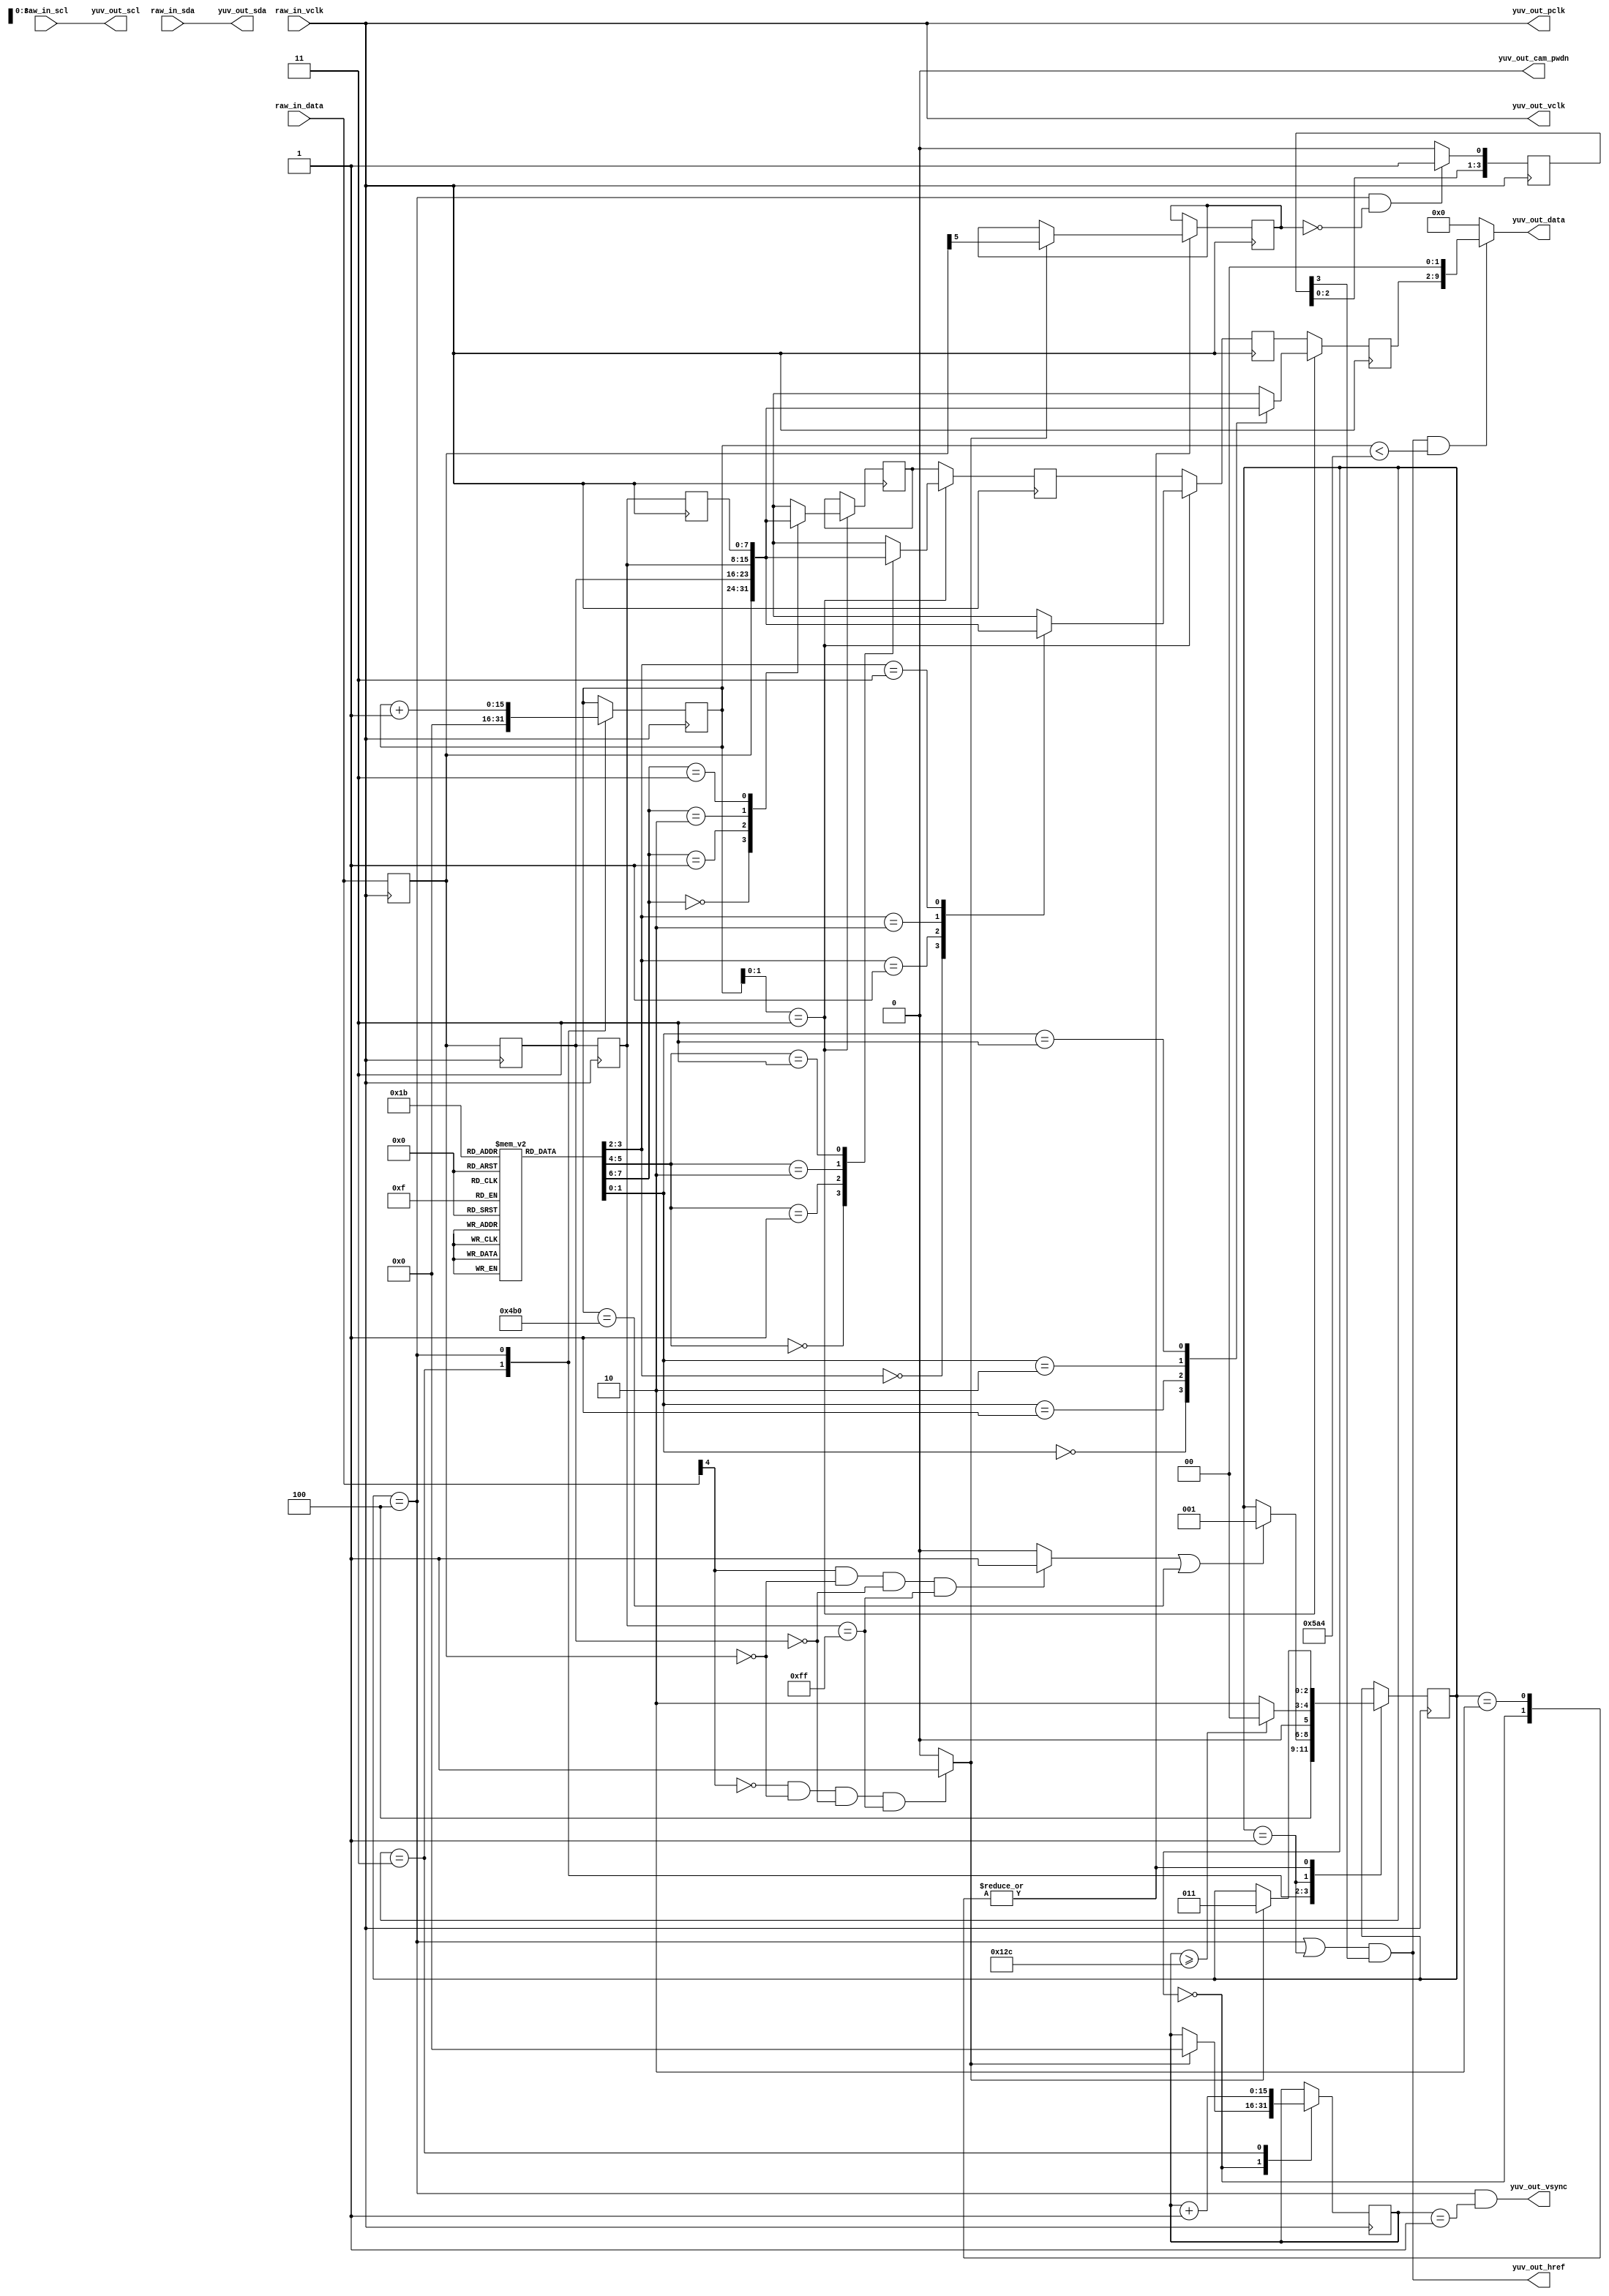
 //Cb = U, Cr = V
//input - bt.656 	(U Y V Y), 27MHz
//output - YUV422 	(Y V Y U), 24MHz
module bt640_capture (
	//Bt.656 from Tau640
	input 			raw_in_vclk,
	input 			raw_in_scl,
	input 			raw_in_sda,
	input [7:0] 	raw_in_data,
	//YVYU to Banana-pi
	output 			yuv_out_vclk,
	output			yuv_out_pclk,
	output			yuv_out_cam_pwdn,
	output 			yuv_out_scl,
	output 			yuv_out_sda,
	output 			yuv_out_vsync,
	output 			yuv_out_href,	
	output [9:0] 	yuv_out_data
	);
	
localparam bt_line_size = 720*2;
localparam bt_frame_size = 525;

localparam svga_line_size = 400;//800*2;
localparam svga_frame_size = 300;//600;

`define FSM_IDLE		0
`define FSM_EAV		1
`define FSM_BLANK		2
`define FSM_SAV		3
`define FSM_DATA		4

//fsm state reg
reg [2:0] fsm_state = `FSM_IDLE;
//counters
reg [15:0] line_cnt = 10'h0;
reg [15:0] pix_cnt = 10'h0;
//ordered regs
reg sync_flag;
reg [7:0] mem_in [0:3], mem_out [0:3];
reg [3:0] sync_delay;
reg [1:0] byte_order [0:3];
integer i;
//eav/sav catch wires
wire sav_code_catch, eav_code_catch;

//(U Y1 V Y2) -> (Y1 V Y2 U)
initial begin
	byte_order[0] = 2'h3;
	byte_order[1] = 2'h0;
	byte_order[2] = 2'h1;
	byte_order[3] = 2'h2;
	
	for (i = 0; i < 4; i = i + 1) begin
		mem_in[i] = 8'h0;
		mem_out[i] = 8'h0;
	end	
end

assign sav_code_catch = (!raw_in_data[4] && (mem_in[0] == 8'h00) && (mem_in[1] == 8'h00) && (mem_in[2] == 8'hFF)) ? 1'b1 : 1'b0;
assign eav_code_catch = (raw_in_data[4] && (mem_in[0] == 8'h00) && (mem_in[1] == 8'h00) && (mem_in[2] == 8'hFF)) ? 1'b1 : 1'b0;

//fsm
always @(posedge raw_in_vclk) begin
	case (fsm_state)
		`FSM_IDLE: begin
			if (sav_code_catch) begin
				fsm_state <= `FSM_SAV;
				line_cnt <= 10'h0;			
				sync_flag <= mem_in[0][5];
			end
		end
		`FSM_SAV: begin
			fsm_state <= `FSM_DATA;
			pix_cnt <= 10'h0;
			line_cnt <= line_cnt + 1;
		end
		`FSM_DATA: begin
			pix_cnt <= pix_cnt + 1;
			if (eav_code_catch || (pix_cnt == svga_line_size * 3))
				fsm_state <= `FSM_EAV;
		end
		`FSM_EAV: begin
			if (line_cnt >= svga_frame_size)
				fsm_state <= `FSM_IDLE;
			else
				fsm_state <= `FSM_BLANK;
		end
		`FSM_BLANK: begin
			if (sav_code_catch) begin
				fsm_state <= `FSM_SAV;
				sync_flag <= mem_in[0][5];
			end
		end
	endcase	
end

//input shift register
always @(posedge raw_in_vclk) begin
	mem_in[0] <= raw_in_data;
	sync_delay[0] <= ((fsm_state == `FSM_DATA) && (!sync_flag)) ? 1'b1 : 1'b0;
	for (i = 0; i < 3; i = i + 1) begin
		mem_in[i+1] <= mem_in[i];
		sync_delay[i+1] <= sync_delay[i];
	end
end


//output shift register
always @(posedge raw_in_vclk) begin
	for (i = 0; i < 3; i = i + 1)
		mem_out[i+1] <= mem_out[i];
	if (pix_cnt[1:0] == 2'b11)
		for (i = 0; i < 4; i = i + 1)
			mem_out[i] <= mem_in[byte_order[i]];
end


assign yuv_out_vclk		= raw_in_vclk;
assign yuv_out_pclk		= raw_in_vclk;
assign yuv_out_cam_pwdn = 1'b0;
assign yuv_out_scl 		= raw_in_scl;
assign yuv_out_sda 		= raw_in_sda;
assign yuv_out_vsync 	= ((fsm_state == `FSM_DATA) && (line_cnt == 1));
assign yuv_out_href 		= ((fsm_state == `FSM_DATA) || (fsm_state == `FSM_EAV)) && sync_delay[3];
assign yuv_out_data 		= (yuv_out_href && (pix_cnt < bt_line_size + 4)) ? {mem_out[3], 2'b00} : 10'h00;

endmodule